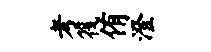
考筏侑澄